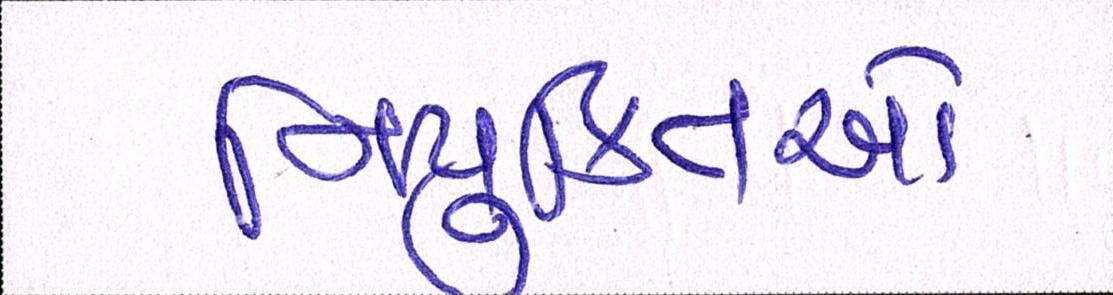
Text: નિયુક્તિઓ